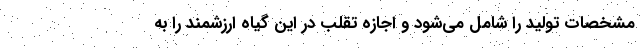
مشخصات تولید را شامل می‌شود و اجازه تقلب در این گیاه ارزشمند را به